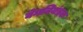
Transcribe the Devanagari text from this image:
वेगनियंत्रक